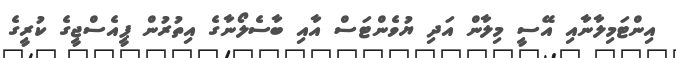
އިންޓަމިލާނާއި އޭސީ މިލާން އަދި ޔުވެންޓަސް އާއި ބާސެލޯނާގެ އިތުރުން ޕީއެސްޖީގެ ކުރީގެ